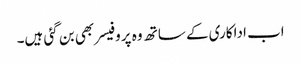
اب اداکاری کے ساتھ وہ پروفیسر بھی بن گئی ہیں۔